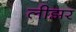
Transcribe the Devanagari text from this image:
लीझर